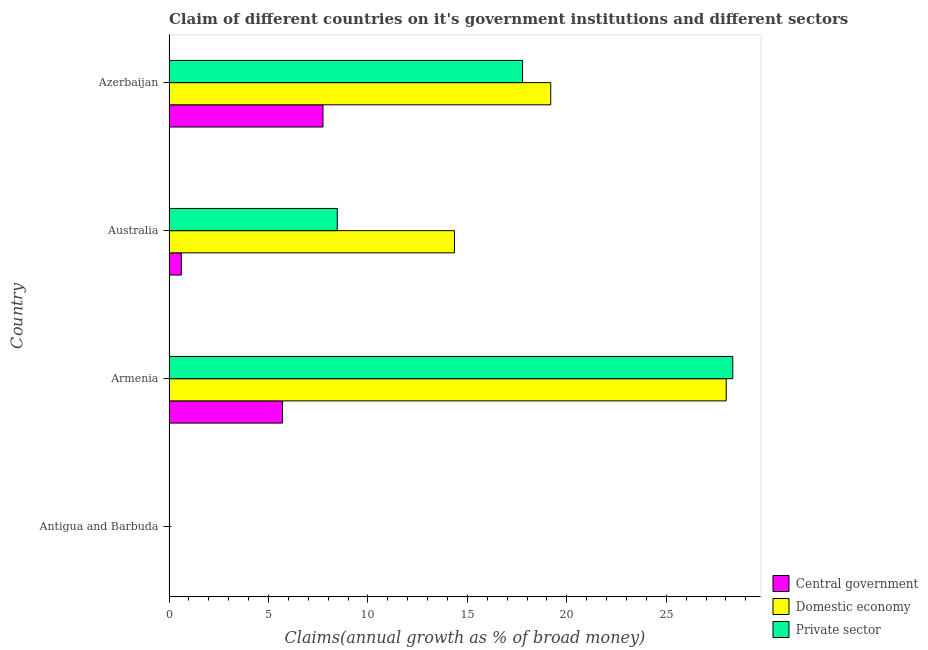
| Country | Central government | Domestic economy | Private sector |
 | --- | --- | --- | --- |
 | Antigua and Barbuda | -0.266 | -3.83 | -3.37 |
 | Armenia | 5.71 | 28 | 28.3 |
 | Australia | 0.619 | 14.4 | 8.46 |
 | Azerbaijan | 7.74 | 19.2 | 17.8 |